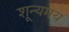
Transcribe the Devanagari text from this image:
शून्यमय